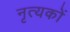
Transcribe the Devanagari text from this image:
नृत्यकों